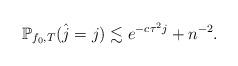
LaTeX: \begin{align*}\mathbb{P}_{f_0,T}(\hat{j}=j)\lesssim e^{-c\tau^2 j}+n^{-2}.\end{align*}